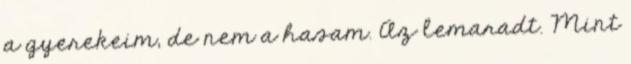
a gyerekeim, de nem a hasam. Az lemaradt. Mint